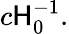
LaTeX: c\mathsf{H}_{0}^{-1}.